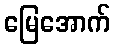
မြေအောက်